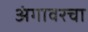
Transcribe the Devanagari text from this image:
अंगावरचा